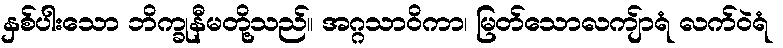
နှစ်ပါးသော ဘိက္ခုနီမတို့သည်။ အဂ္ဂသာဝိကာ၊ မြတ်သောလကျ်ာရံ လက်ဝဲရံ